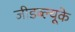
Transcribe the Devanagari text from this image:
जीडब्ल्यूके